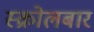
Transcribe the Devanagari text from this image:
स्क्रोलबार